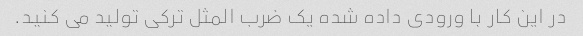
در این کار با ورودی داده شده یک ضرب المثل ترکی تولید می کنید.